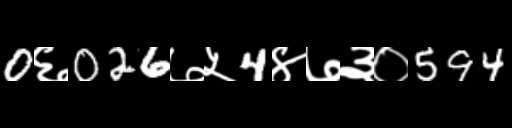
Text: 0६026७५4४७३०594